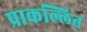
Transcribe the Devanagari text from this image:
प्राकल्लित